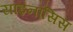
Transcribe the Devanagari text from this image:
साइनॉसिस